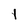
Character: 1